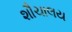
શૌચાલય